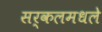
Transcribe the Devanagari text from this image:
सर्कलमधले